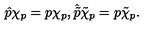
\hat { p } \chi _ { p } = p \chi _ { p } , \hat { \tilde { p } } \tilde { \chi } _ { p } = p \tilde { \chi } _ { p } .